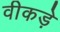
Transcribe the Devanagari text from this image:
वीकड़े